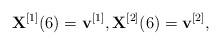
LaTeX: \begin{align*}{{\bf{X}}^{[1]}}(6) = {{\bf{v}}^{[1]}},{{\bf{X}}^{[2]}}(6) = {{\bf{v}}^{[2]}},\end{align*}